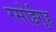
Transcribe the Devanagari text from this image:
रसोईगृह